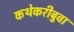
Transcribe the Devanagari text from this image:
कथेकरीबुवा